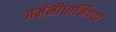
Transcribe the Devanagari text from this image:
जर्मनीधार्जिण्या